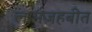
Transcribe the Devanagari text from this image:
लामज़हबीत